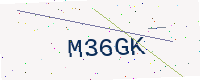
Text: M36GK